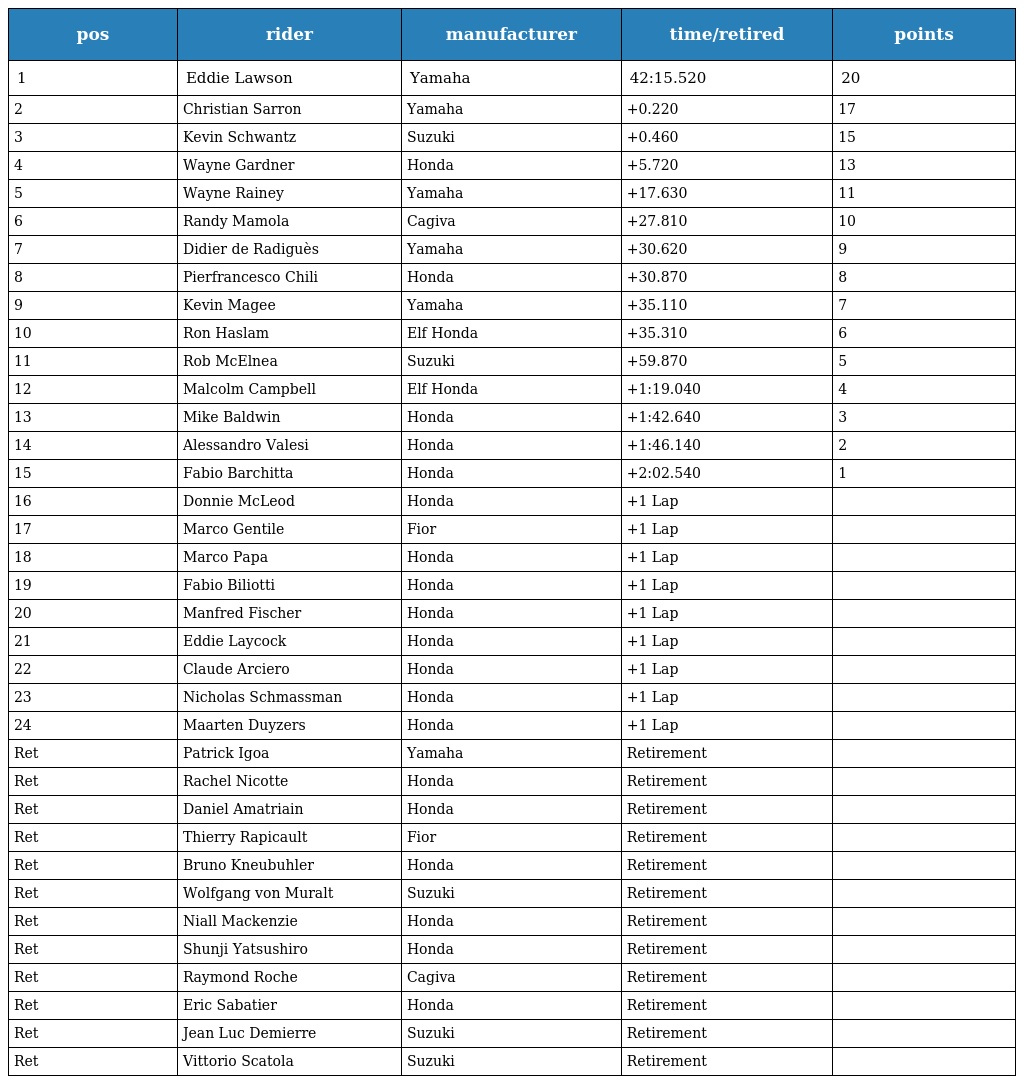
| pos | rider | manufacturer | time/retired | points |
 | --- | --- | --- | --- | --- |
 | 1 | Eddie Lawson | Yamaha | 42:15.520 | 20 |
 | 2 | Christian Sarron | Yamaha | +0.220 | 17 |
 | 3 | Kevin Schwantz | Suzuki | +0.460 | 15 |
 | 4 | Wayne Gardner | Honda | +5.720 | 13 |
 | 5 | Wayne Rainey | Yamaha | +17.630 | 11 |
 | 6 | Randy Mamola | Cagiva | +27.810 | 10 |
 | 7 | Didier de Radiguès | Yamaha | +30.620 | 9 |
 | 8 | Pierfrancesco Chili | Honda | +30.870 | 8 |
 | 9 | Kevin Magee | Yamaha | +35.110 | 7 |
 | 10 | Ron Haslam | Elf Honda | +35.310 | 6 |
 | 11 | Rob McElnea | Suzuki | +59.870 | 5 |
 | 12 | Malcolm Campbell | Elf Honda | +1:19.040 | 4 |
 | 13 | Mike Baldwin | Honda | +1:42.640 | 3 |
 | 14 | Alessandro Valesi | Honda | +1:46.140 | 2 |
 | 15 | Fabio Barchitta | Honda | +2:02.540 | 1 |
 | 16 | Donnie McLeod | Honda | +1 Lap |  |
 | 17 | Marco Gentile | Fior | +1 Lap |  |
 | 18 | Marco Papa | Honda | +1 Lap |  |
 | 19 | Fabio Biliotti | Honda | +1 Lap |  |
 | 20 | Manfred Fischer | Honda | +1 Lap |  |
 | 21 | Eddie Laycock | Honda | +1 Lap |  |
 | 22 | Claude Arciero | Honda | +1 Lap |  |
 | 23 | Nicholas Schmassman | Honda | +1 Lap |  |
 | 24 | Maarten Duyzers | Honda | +1 Lap |  |
 | Ret | Patrick Igoa | Yamaha | Retirement |  |
 | Ret | Rachel Nicotte | Honda | Retirement |  |
 | Ret | Daniel Amatriain | Honda | Retirement |  |
 | Ret | Thierry Rapicault | Fior | Retirement |  |
 | Ret | Bruno Kneubuhler | Honda | Retirement |  |
 | Ret | Wolfgang von Muralt | Suzuki | Retirement |  |
 | Ret | Niall Mackenzie | Honda | Retirement |  |
 | Ret | Shunji Yatsushiro | Honda | Retirement |  |
 | Ret | Raymond Roche | Cagiva | Retirement |  |
 | Ret | Eric Sabatier | Honda | Retirement |  |
 | Ret | Jean Luc Demierre | Suzuki | Retirement |  |
 | Ret | Vittorio Scatola | Suzuki | Retirement |  |